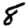
Digit: 8